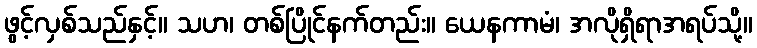
ဖွင့်လှစ်သည်နှင့်။ သဟ၊ တစ်ပြိုင်နက်တည်း။ ယေနကာမံ၊ အလိုရှိရာအရပ်သို့။